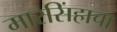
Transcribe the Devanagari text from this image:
मारसिंहाचा